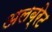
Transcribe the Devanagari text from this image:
अलब्रेट